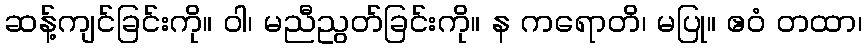
ဆန့်ကျင်ခြင်းကို။ ဝါ၊ မညီညွတ်ခြင်းကို။ န ကရောတိ၊ မပြု။ ဧဝံ တထာ၊